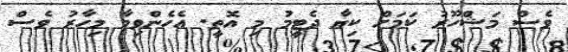
ވެސް މަޝްހޫރު ކަމަށް ކިޔާ ދެޓީމު މި އޮތީ. އެހެންވިމާ މިހާރު ވެސް